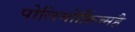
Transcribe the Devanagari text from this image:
पोलिमोर्फ़िज्महै